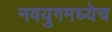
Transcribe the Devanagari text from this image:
नवयुगमध्येच